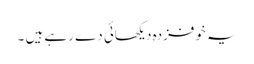
یہ خوفزدہ دیکھائی دے رہے ہیں ۔